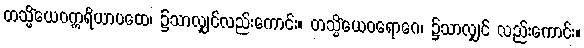
တသ္မိံယေဝဣရိယာပထေ၊ ၌သာလျှင်လည်းကောင်း။ တသ္မိံယေဝရောဂေ၊ ၌သာလျှင် လည်းကောင်း။